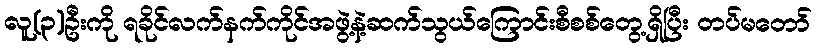
လူ(၃)ဦးကို ရခိုင်လက်နက်ကိုင်အဖွဲ့နဲ့ဆက်သွယ်ကြောင်းစီစစ်တွေ့ရှိပြီး တပ်မတော်